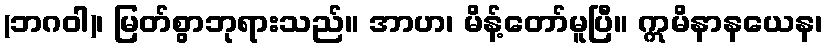
(ဘဂဝါ)၊ မြတ်စွာဘုရားသည်။ အာဟ၊ မိန့်တော်မူပြီ။ ဣမိနာနယေန၊